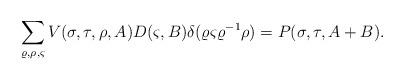
LaTeX: \begin{align*}\sum_{\varrho, \rho, \varsigma}V (\sigma,\tau, \rho, A) D(\varsigma, B)\delta (\varrho \varsigma \varrho^{-1}\rho)= P (\sigma, \tau, A+ B).\end{align*}